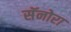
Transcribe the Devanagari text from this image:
सॅनोरा